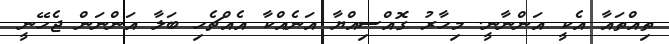
ތިއްތައާ އެކީ އަންނާނީ. މިހާރު ގޮއްސިއްޔާ އަނެއްކާ އެއްޗެހި ބަލާ އަންނަން ޖެހޭނީ